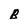
Character: B